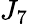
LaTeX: J_{7}